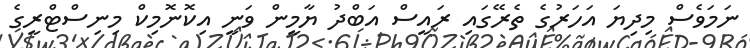
ނަމަވެސް މިދިޔަ އަހަރުގެ ތެރޭގައި ރައީސް އަބްދު ޔާމީން ވަނީ އިކޮނޮމިކް މިނިސްޓްރީގެ